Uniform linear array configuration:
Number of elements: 4
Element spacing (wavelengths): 0.75
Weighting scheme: uniform
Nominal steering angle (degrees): -60
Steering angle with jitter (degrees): -61.715
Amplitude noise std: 0.05
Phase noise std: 0.05

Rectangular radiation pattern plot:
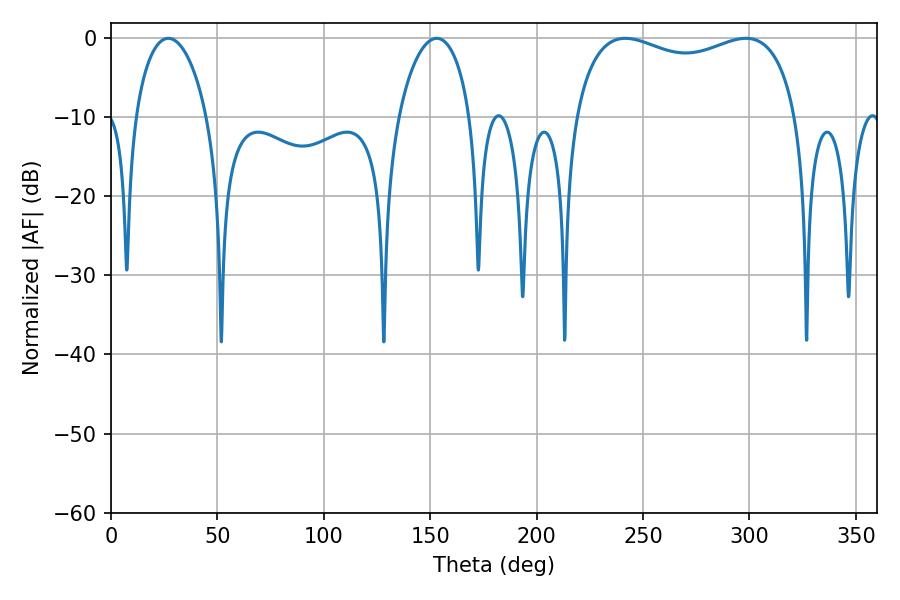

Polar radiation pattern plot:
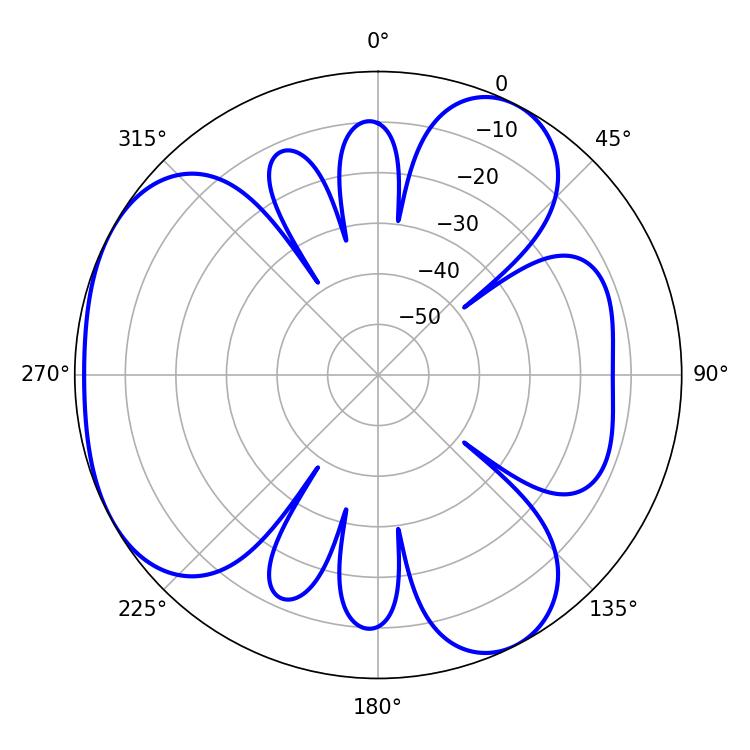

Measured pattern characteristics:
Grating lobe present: TRUE
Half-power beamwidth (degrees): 86.04
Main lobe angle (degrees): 241.74